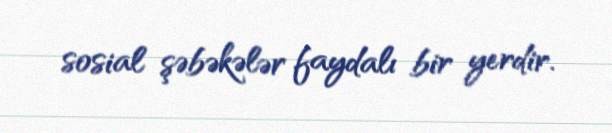
sosial şəbəkələr faydalı bir yerdir.